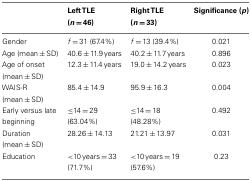
<table><thead><tr><td></td><td><b>Left TLE (<i>n</i> = 46)</b></td><td><b>Right TLE (<i>n</i> = 33)</b></td><td><b>Significance (<i>p</i>)</b></td></tr></thead><tbody><tr><td>Gender</td><td><i>f</i>= 31 (67.4%)</td><td><i>f</i>= 13 (39.4%)</td><td>0.021</td></tr><tr><td>Age (mean ± SD)</td><td>40.6 ± 11.9 years</td><td>40.2 ± 11.7 years</td><td>0.896</td></tr><tr><td>Age of onset (mean ± SD)</td><td>12.3 ± 11.4 years</td><td>19.0 ± 14.2 years</td><td>0.023</td></tr><tr><td>WAIS-R (mean ± SD)</td><td>85.4 ± 14.9</td><td>95.9 ± 16.3</td><td>0.004</td></tr><tr><td>Early versus late beginning</td><td>≤14 = 29 (63.04%)</td><td>≤14 = 18 (48.28%)</td><td>0.492</td></tr><tr><td>Duration (mean ± SD)</td><td>28.26 ± 14.13</td><td>21.21 ± 13.97</td><td>0.031</td></tr><tr><td>Education</td><td>&lt;10 years = 33 (71.7%)</td><td>&lt;10 years = 19 (57.6%)</td><td>0.23</td></tr></tbody></table>